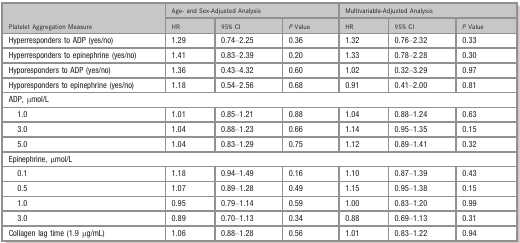
| <ROWSPAN=2> Platelet Aggregation Measure | <COLSPAN=3> Age‐ and Sex‐Adjusted Analysis | <COLSPAN=3> Multivariable‐Adjusted Analysis |
 | HR | 95% CI | P Value | HR | 95% CI | P Value |
 | --- | --- | --- | --- | --- | --- | --- |
 | Hyperresponders to ADP (yes/no) | 1.29 | 0.74–2.25 | 0.36 | 1.32 | 0.76–2.32 | 0.33 |
 | Hyperresponders to epinephrine (yes/no) | 1.41 | 0.83–2.39 | 0.20 | 1.33 | 0.78–2.28 | 0.30 |
 | Hyporesponders to ADP (yes/no) | 1.36 | 0.43–4.32 | 0.60 | 1.02 | 0.32–3.29 | 0.97 |
 | Hyporesponders to epinephrine (yes/no) | 1.18 | 0.54–2.56 | 0.68 | 0.91 | 0.41–2.00 | 0.81 |
 | <COLSPAN=7> ADP, μmol/L |
 | 1.0 | 1.01 | 0.85–1.21 | 0.88 | 1.04 | 0.88–1.24 | 0.63 |
 | 3.0 | 1.04 | 0.88–1.23 | 0.66 | 1.14 | 0.95–1.35 | 0.15 |
 | 5.0 | 1.04 | 0.83–1.29 | 0.75 | 1.12 | 0.89–1.41 | 0.32 |
 | <COLSPAN=7> Epinephrine, μmol/L |
 | 0.1 | 1.18 | 0.94–1.49 | 0.16 | 1.10 | 0.87–1.39 | 0.43 |
 | 0.5 | 1.07 | 0.89–1.28 | 0.49 | 1.15 | 0.95–1.38 | 0.15 |
 | 1.0 | 0.95 | 0.79–1.14 | 0.59 | 1.00 | 0.83–1.20 | 0.99 |
 | 3.0 | 0.89 | 0.70–1.13 | 0.34 | 0.88 | 0.69–1.13 | 0.31 |
 | Collagen lag time (1.9 μg/mL) | 1.06 | 0.88–1.28 | 0.56 | 1.01 | 0.83–1.22 | 0.94 |